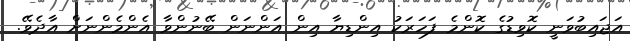
އަޖައިބުވަނީ ކޮވިޑުގެ ކޮންމެ ފަހަރަކު އިންޑިޔާ އިން އަންނަން ބޭނުންވާ އެންމެންނަށް އާދެވޭ.